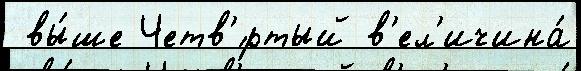
 вы́ше Четв'́ртый в'ел'ичина́